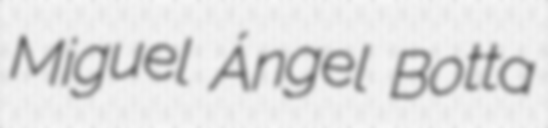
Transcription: Miguel Ángel Botta